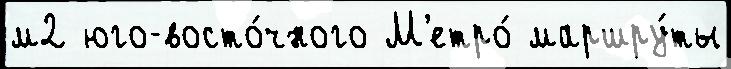
м2 юго-восто́чного М'етро́ маршру́ты